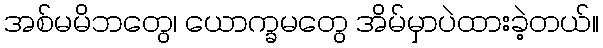
အစ်မမိဘတွေ၊ ယောက္ခမတွေ အိမ်မှာပဲထားခဲ့တယ်။